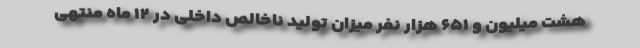
هشت میلیون و ۶۵۱ هزار نفر میزان تولید ناخالص داخلی در ۱۲ ماه منتهی